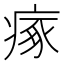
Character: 瘃